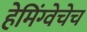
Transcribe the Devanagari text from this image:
हेमिंग्वेचेच